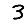
Digit: 3